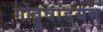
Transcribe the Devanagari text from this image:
गोट्टुवाडयम